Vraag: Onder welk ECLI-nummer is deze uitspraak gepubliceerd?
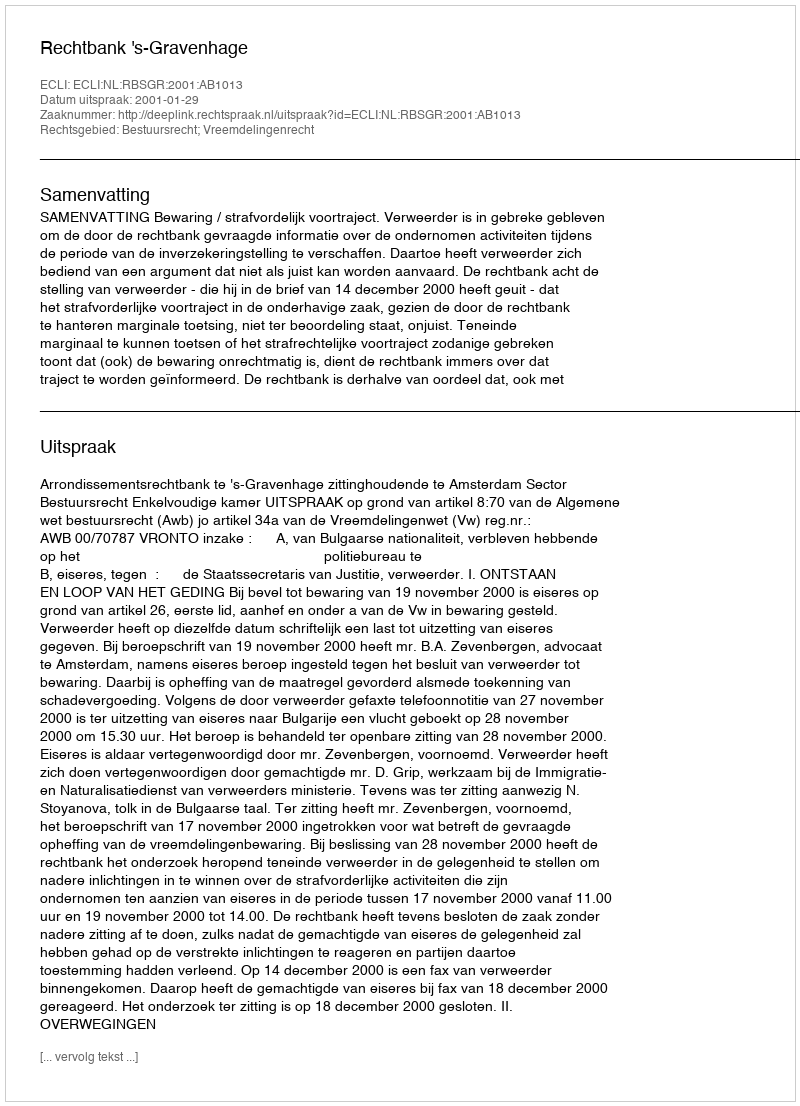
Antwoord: ECLI:NL:RBSGR:2001:AB1013